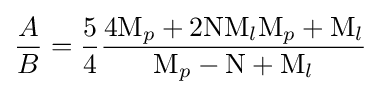
{\frac {A}{B}}={\frac {5}{4}}{\frac {4\mathrm {M} _{p}+2\mathrm {N} \mathrm {M} _{l}\mathrm {M} _{p}+\mathrm {M} _{l}}{\mathrm {M} _{p}-\mathrm {N} +\mathrm {M} _{l}}}